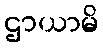
ဌာယာမိ